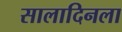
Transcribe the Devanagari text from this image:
सालादिनला